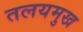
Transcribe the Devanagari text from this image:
तलयमुख